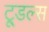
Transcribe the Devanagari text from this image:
टू्डल्स